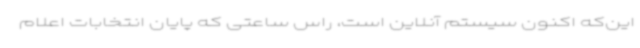
این‌که اکنون سیستم آنلاین است، راس ساعتی که پایان انتخابات اعلام